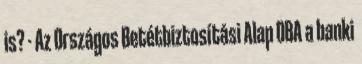
is? - Az Országos Betétbiztosítási Alap OBA a banki